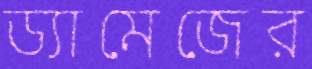
ড্যামেজের